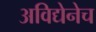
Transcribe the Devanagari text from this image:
अविद्येनेच